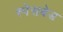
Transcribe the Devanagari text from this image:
स्पेसबेड